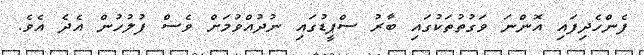
ފެންހެދިފައި އޮންނަ ވަގުތުތަކުގައި ބާރު ސްޕީޑުގައި ނުދުއްވުމަށް ވެސް ފުލުހުން އެދެ އެވެ.